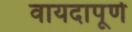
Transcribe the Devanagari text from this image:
वायदापूर्ण